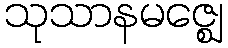
သုသာနမဇ္ဈေ